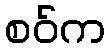
စဝ်က